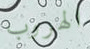
الهروب